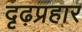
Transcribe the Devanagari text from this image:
दृढ़प्रहार